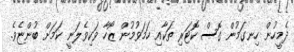
ދެމީހުން ހިނގަމުން ގޮސް ކޮޓަރި ތަކާއި ހަމަވުމުން ޒޯހާ ވަކިވެލަނީ ކަމަށް ބުންޏެވެ.